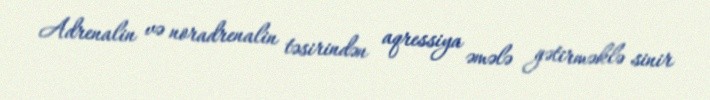
Adrenalin və noradrenalin təsirindən aqressiya əmələ gətirməklə sinir